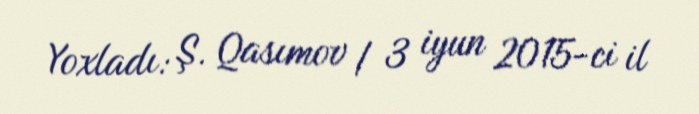
Yoxladı: Ş. Qasımov / 3 iyun 2015-ci il